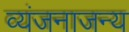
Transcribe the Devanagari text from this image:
व्यंजनाजन्य